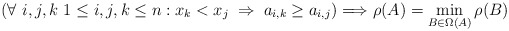
\begin{align*} \left(\forall\ i,j,k\ 1\leq i,j,k\leq n: x_k < x_j\;\Rightarrow\;a_{i,k}\geq a_{i,j}\right)\Longrightarrow\rho(A)=\min_{B\in\Omega(A)}\rho(B) \end{align*}